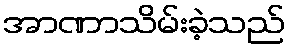
အာဏာသိမ်းခဲ့သည်